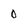
Character: 0